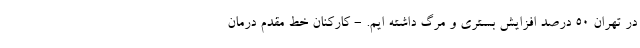
در تهران ۵۰ درصد افزایش بستری و مرگ داشته ایم. - کارکنان خط مقدم درمان